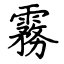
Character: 霧